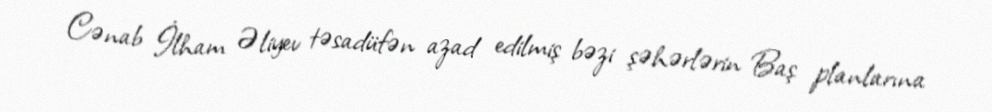
Cənab İlham Əliyev təsadüfən azad edilmiş bəzi şəhərlərin Baş planlarına